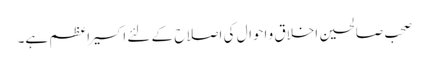
صحب صالحین اخلاق و احوال کی اصلاح کے لئے اکسیر اعظم ہے۔